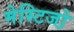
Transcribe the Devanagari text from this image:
मेस्टिजो़